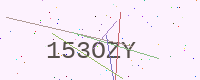
Text: 153OZY